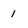
Character: 1